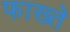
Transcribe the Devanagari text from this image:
फाख्ते